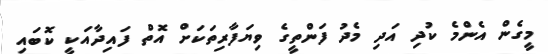
މީގެން އެންމެ ކުދި އަދި މެދު ފަންތީގެ ވިޔަފާރިތަކަށް އޮތް ފައިދާއަކީ ކޮބައި